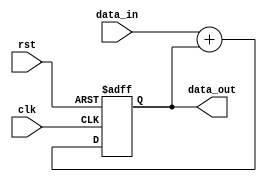
module behavioral_modeling_block (
    input clk,
    input rst,
    input [7:0] data_in,
    output reg [7:0] data_out
);

reg [7:0] current_state;

always @(posedge clk or negedge rst) begin
    if (!rst) begin
        current_state <= 8'b00000000;
    end else begin
        // Logic to compute the new state based on inputs and current state
        // Example logic:
        current_state <= data_in + current_state;
    end
end

always @* begin
    // Assign output based on current state
    data_out = current_state;
end

endmodule